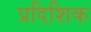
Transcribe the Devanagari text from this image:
प्रदिशिक